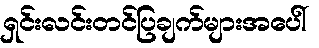
ရှင်းလင်းတင်ပြချက်များအပေါ်